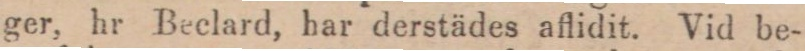
ger, hr Beclard, har derstädes aflidit. Vid be-